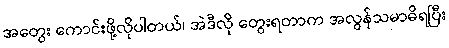
အတွေး ကောင်းဖို့လိုပါတယ်၊ အဲဒီလို တွေးရတာက အလွန်သမာဓိရပြီး